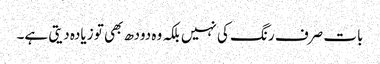
بات صرف رنگ کی نہیں بلکہ وہ دودھ بھی تو زیادہ دیتی ہے۔